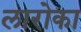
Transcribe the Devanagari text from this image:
लारोका